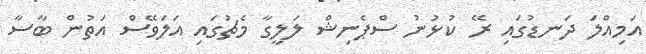
އަމިއްލަ ދަނޑުގައި ރޭ ކުޅުނު ސްޕެނިޝް ލަލީގާ މެޗުގައި އަލަވޭސް އަތުން ބާސާ